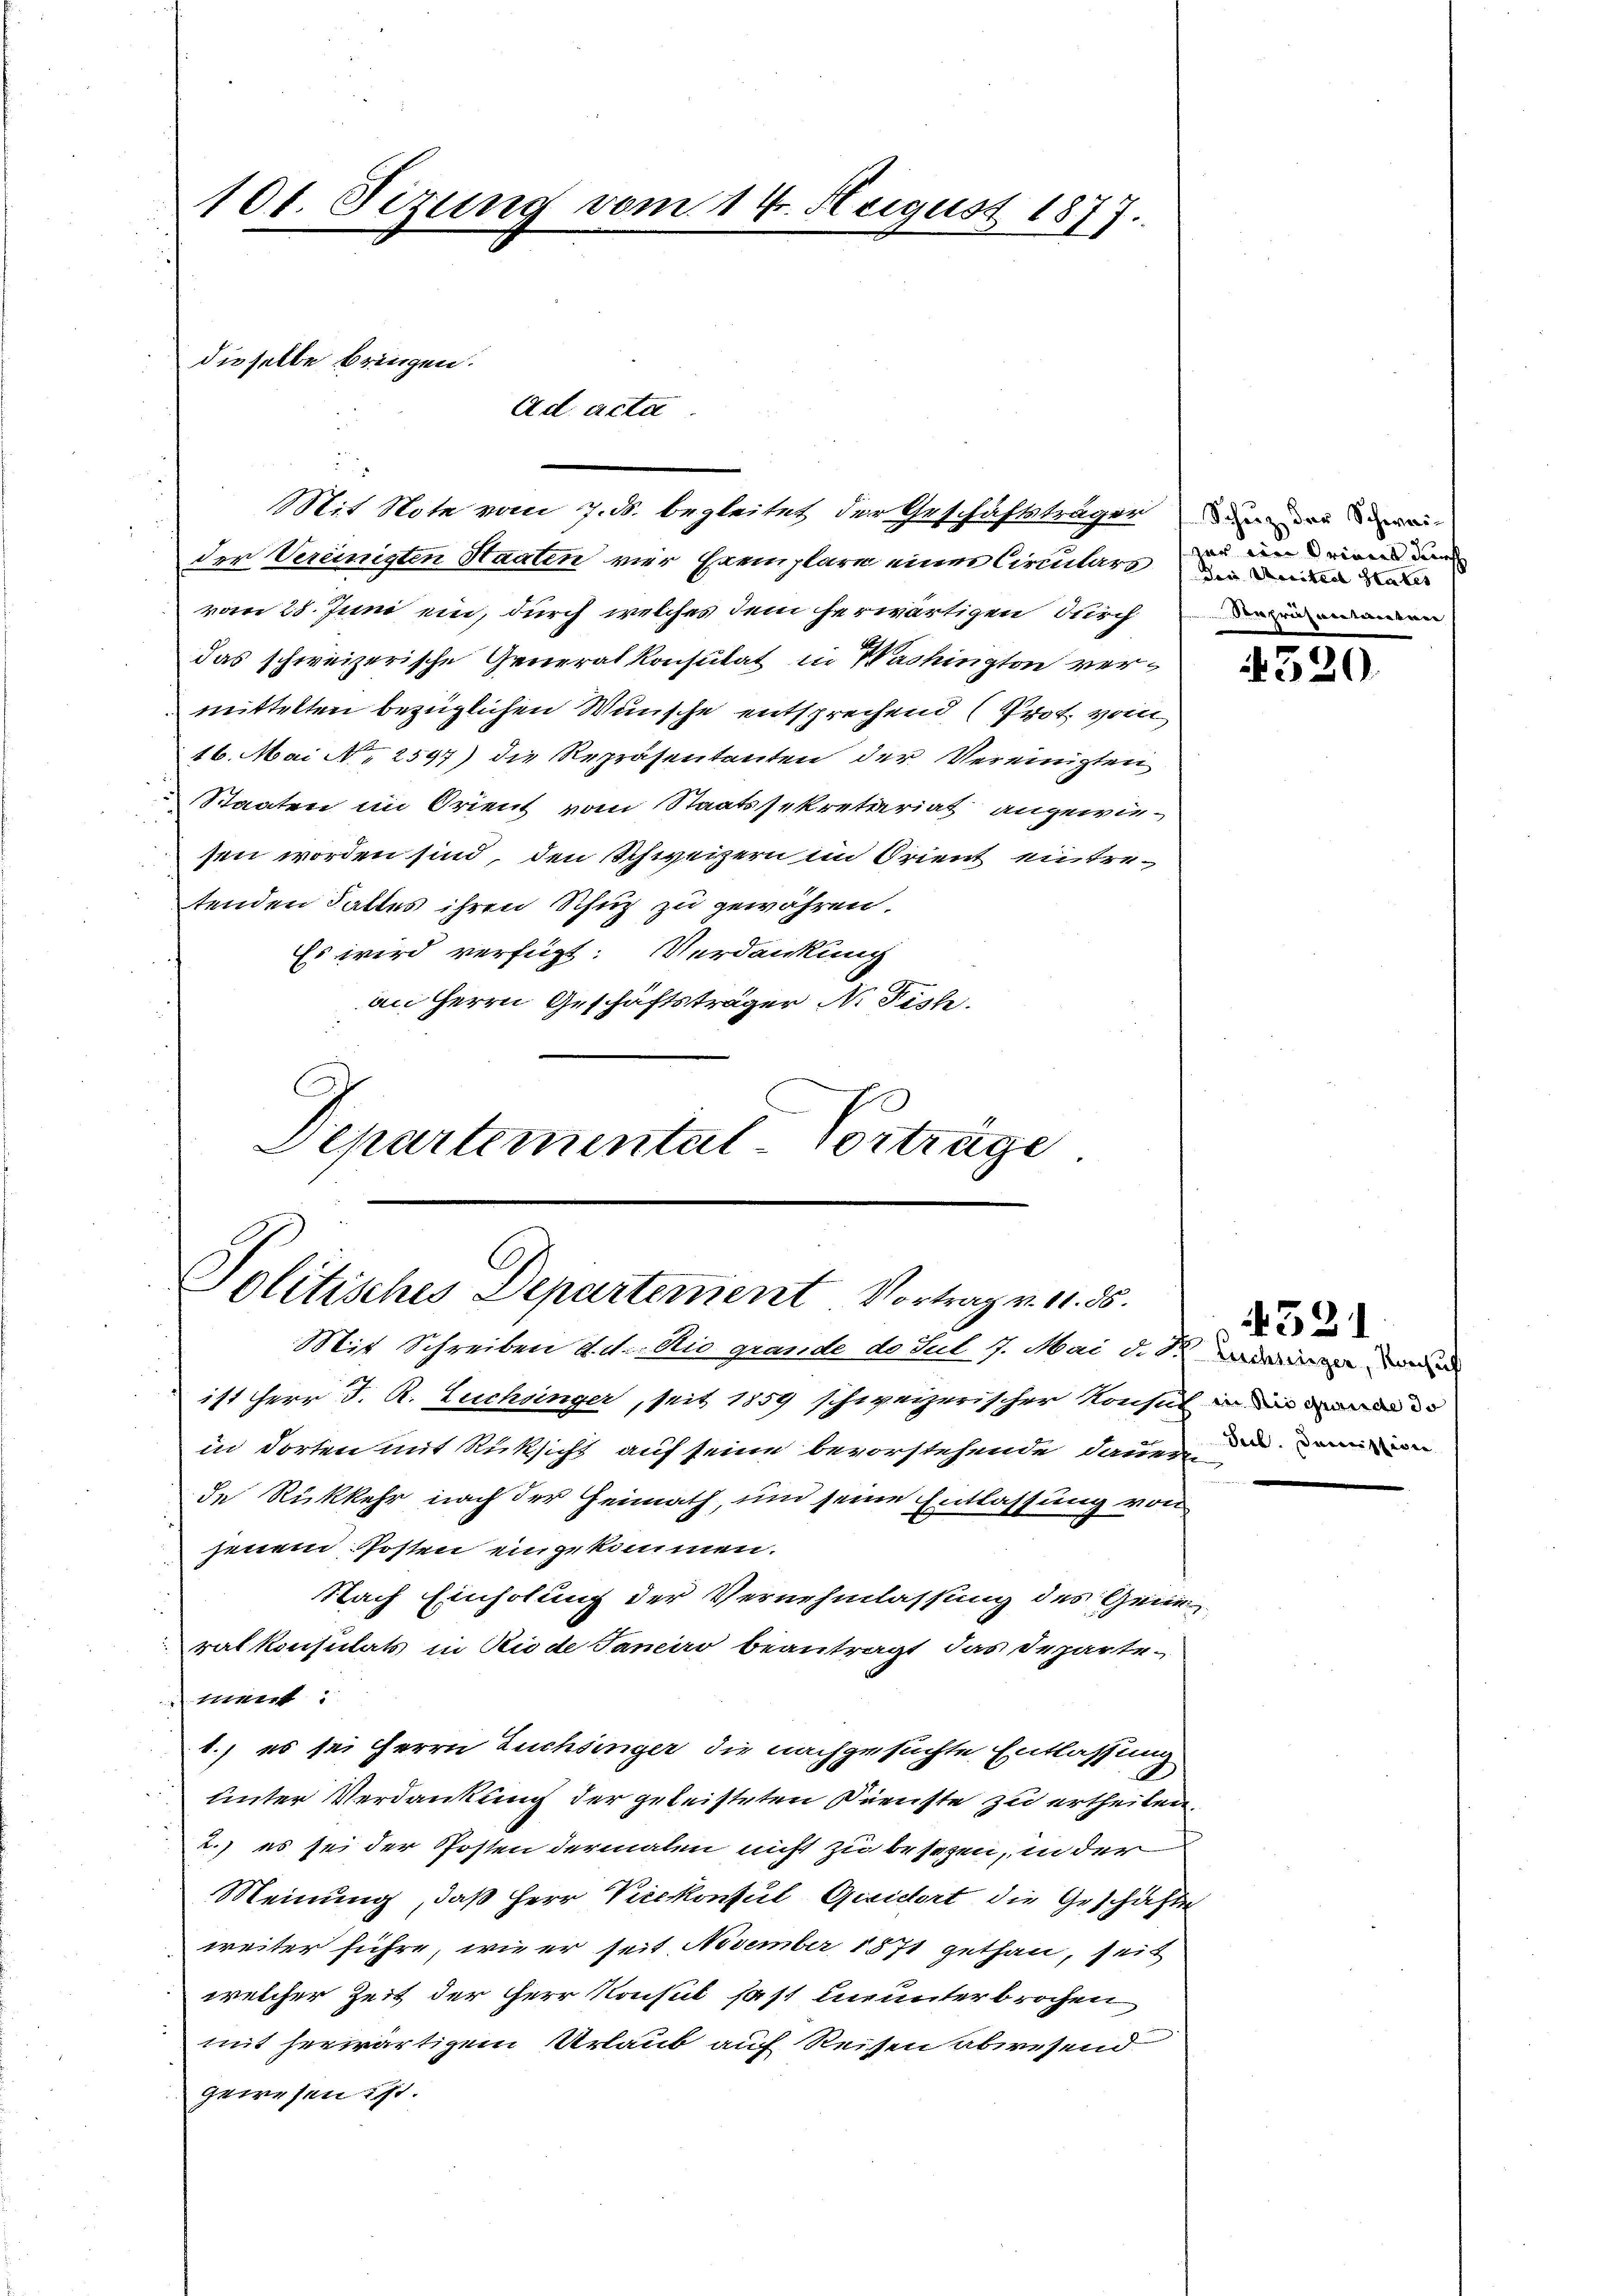
der Vereinigten Staaten vier Exemplare eines Circulars
vom 28. Juni ein, durch welches dem herwärtigen durch
das schweizerische Generalkonsulat in Washington vermittelten bezüglichen Wünsche entsprechend (Prot vom
16. Mai N. 2597) die Repräsentanten der Vereinigten
Staaten im Orient vom Staatssekretariat angewie-
sen worden sind, den Schweizern im Orient eintretenden Faltes ihren Schuz zu gewähren.
Es wird verfügt: Verdankung
an Herrn Geschäftsträger Nr. Fish.
Departementat-Vorträge

101. Sizung vom 14. Neigust 1877.

Ad acta

dieselbe bringen.

Mit Note vom 7. ds. begleitet der Geschäftsträger

C
Politisches Departement Vortrag v. 11. 85.

Schuz der Schweizar im Oriens durch
dii Acriteal states
Kapricantierun

Mit Schreiben d. d. die grande do Sul 7. Mai d. d. d
ist Herr J. R. Luchinger, seit 1859 schweizerischer Konsul in die
in dorten mit Rücksicht auf seine bevorstehende Dauer die Dein
de Rükkehr nach der Heimath, und seine Entlassung von
jenem Posten eingekommen.
Nach Einholung der Vernehmlassung des Generalkonsulats in Riode Janeiro beantragt das Departe-
ment:
1.) es sei Herrn Zuchsinger die nachgesuchte Entlassung
Unter Verdankung der geleisteten Dienste zu ertheilen,
2.) es sei der Posten dermalen nicht zu besezen, in der
Meinung, daß Herr Vicekonsul Qccidert die Geschäfte
weiter führe, wie er seit November 1871 gethan, seit
welcher Zeit der Herr Konsul fast neunterbrochen
mit herwärtigem Urlaub auf Reisen abwesend
gewesen ist.

520.

4521